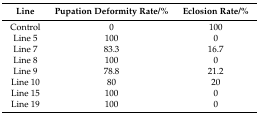
<table><thead><tr><td><b>Line</b></td><td><b>Pupation Deformity Rate/%</b></td><td><b>Eclosion Rate/%</b></td></tr></thead><tbody><tr><td>Control</td><td>0</td><td>100</td></tr><tr><td>Line 5</td><td>100</td><td>0</td></tr><tr><td>Line 7</td><td>83.3</td><td>16.7</td></tr><tr><td>Line 8</td><td>100</td><td>0</td></tr><tr><td>Line 9</td><td>78.8</td><td>21.2</td></tr><tr><td>Line 10</td><td>80</td><td>20</td></tr><tr><td>Line 15</td><td>100</td><td>0</td></tr><tr><td>Line 19</td><td>100</td><td>0</td></tr></tbody></table>